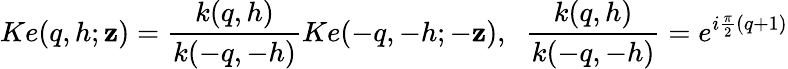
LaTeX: Ke(q,h;\mathbf{z})=\frac{{k(q,h)}}{{k(-q,-h)}}Ke(-q,-h;-\mathbf{z}),\; \; \frac{{k(q,h)}}{{k(-q,-h)}}=e^{i\frac{{\pi}}{{2}}(q+1)}